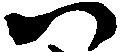
尉